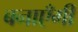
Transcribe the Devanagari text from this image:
बनाएँगी